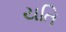
યતિ